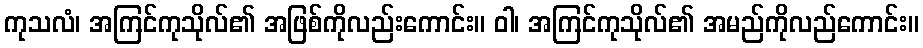
ကုသလံ၊ အကြင်ကုသိုလ်၏ အဖြစ်ကိုလည်းကောင်း။ ဝါ၊ အကြင်ကုသိုလ်၏ အမည်ကိုလည်ကောင်း။